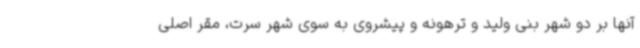
آنها بر دو شهر بنی ولید و ترهونه و پیشروی به سوی شهر سرت، مقر اصلی